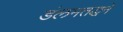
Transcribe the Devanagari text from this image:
डंलमतद्धने